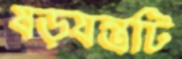
ষড়যন্ত্রটি